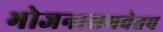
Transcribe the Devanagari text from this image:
भोजनासमवेतच